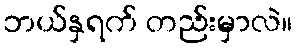
ဘယ်နှရက် တည်းမှာလဲ။